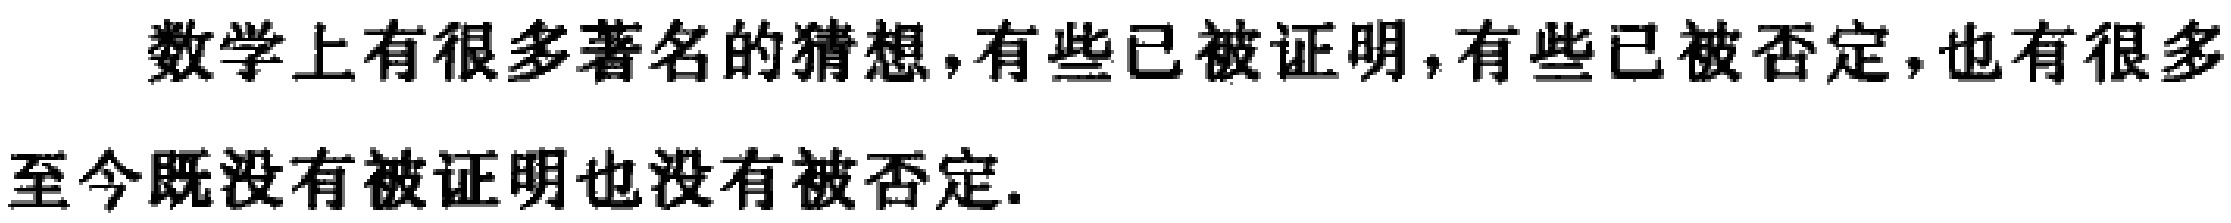
数学上有很多著名的猜想,有些已被证明,有些已被否定,也有很多至今既没有被证明也没有被否定.